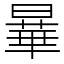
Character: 曅